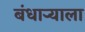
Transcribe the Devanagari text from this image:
बंधार्‍याला